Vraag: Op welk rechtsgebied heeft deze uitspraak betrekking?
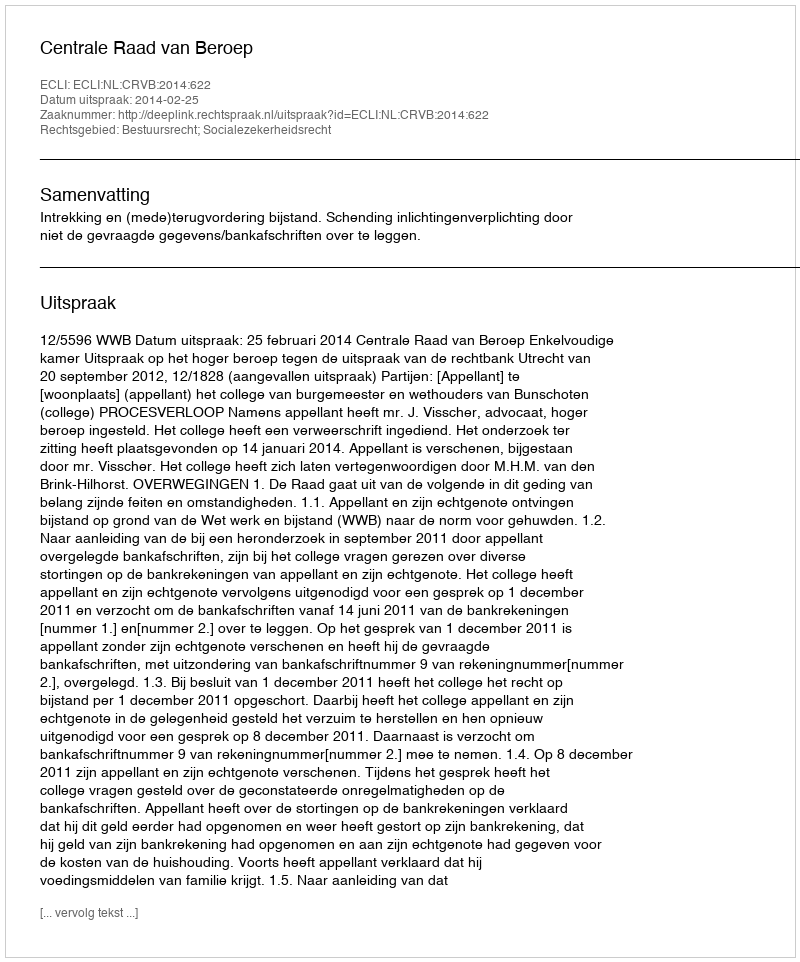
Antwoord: Bestuursrecht; Socialezekerheidsrecht